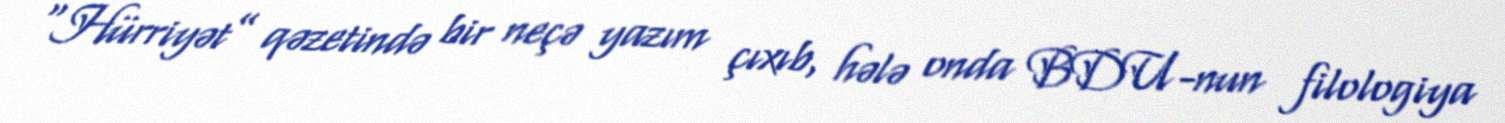
“Hürriyət” qəzetində bir neçə yazım çıxıb, hələ onda BDU-nun filologiya